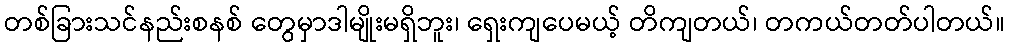
တစ်ခြားသင်နည်းစနစ် တွေမှာဒါမျိုးမရှိဘူး၊ ရှေးကျပေမယ့် တိကျတယ်၊ တကယ်တတ်ပါတယ်။